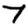
Digit: 7